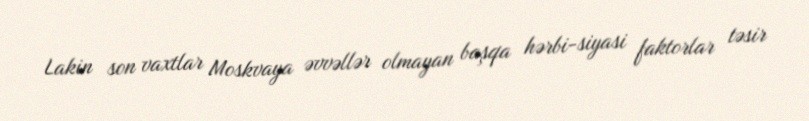
Lakin son vaxtlar Moskvaya əvvəllər olmayan başqa hərbi-siyasi faktorlar təsir